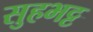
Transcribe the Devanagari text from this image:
सुहभट्ट